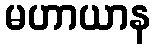
မဟာယာန